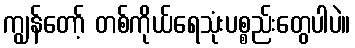
ကျွန်တော့် တစ်ကိုယ်ရေသုံးပစ္စည်းတွေပါပဲ။